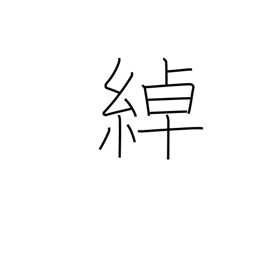
Meaning: loose